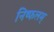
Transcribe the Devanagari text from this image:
निष्फलम्